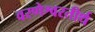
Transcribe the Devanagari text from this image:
वरणेश्वरतीर्थ